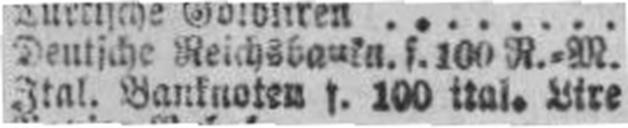
Ital. Banknoten f. 100 ital. Lire